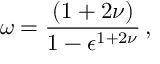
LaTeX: \omega = { \frac { ( 1 + 2 \nu ) } { 1 - \epsilon ^ { 1 + 2 \nu } } } \, ,